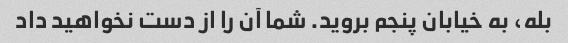
بله، به خیابان پنجم بروید. شما آن را از دست نخواهید داد